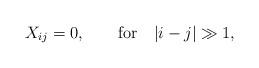
LaTeX: \begin{align*}X_{ij}=0,\qquad\hbox{for}\quad |i-j|\gg 1,\end{align*}